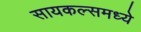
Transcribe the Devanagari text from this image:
सायकल्समध्ये